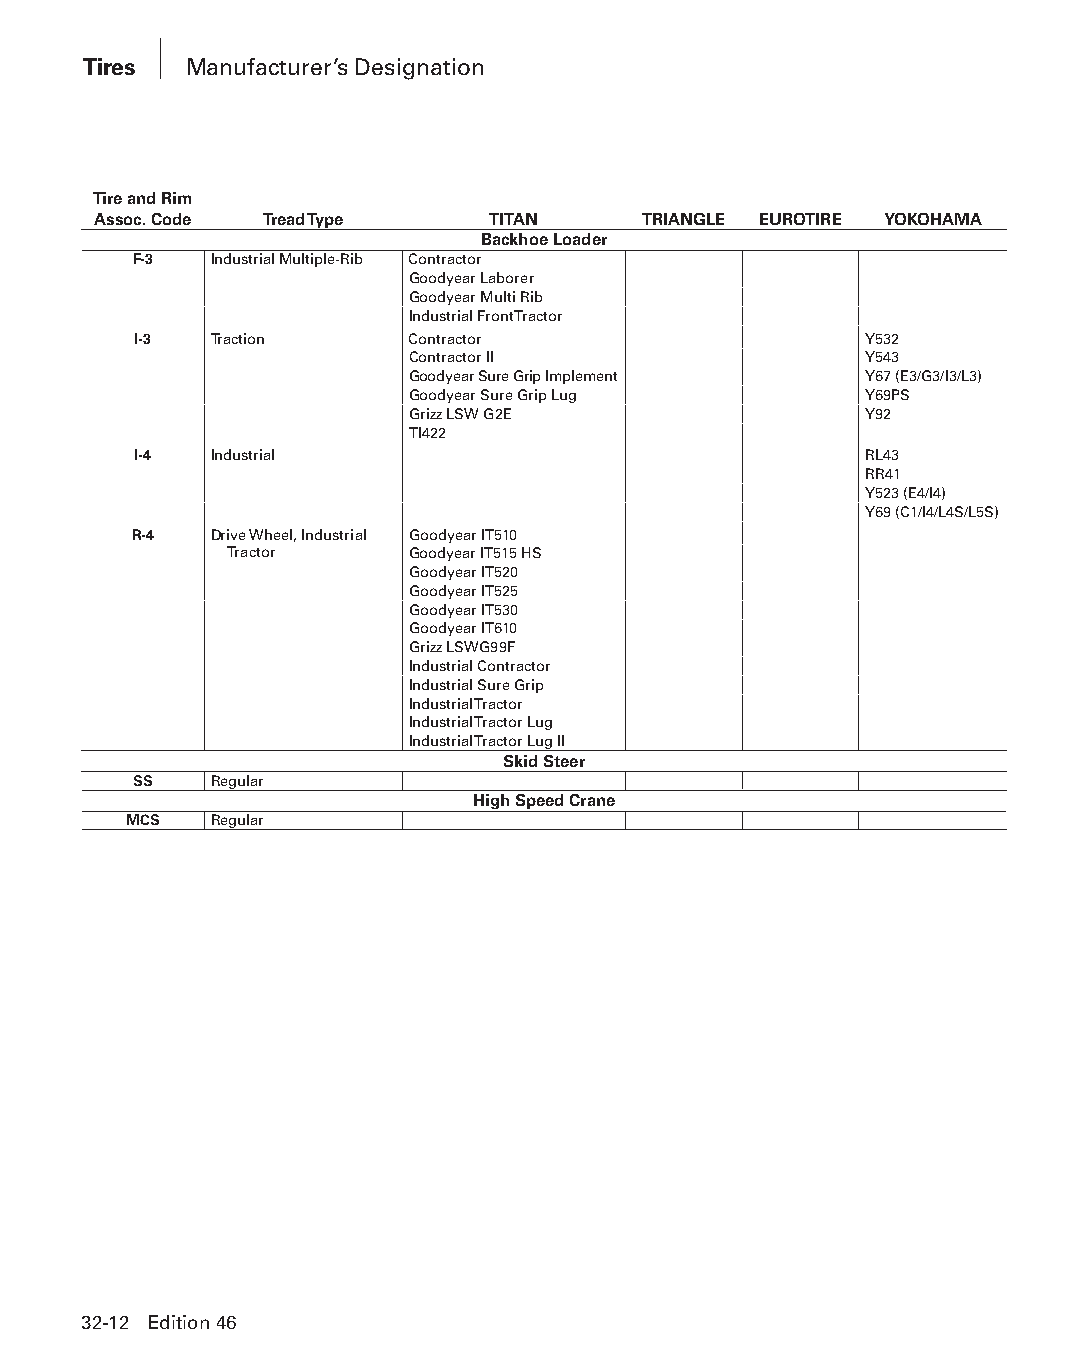
Tires  Manufacturer’s Designation
 Tire and Rim
 Assoc. Code Tread Type    TITAN     TRIANGLE EUROTIRE YOKOHAMA
 Backhoe Loader
 F-3  Industrial Multiple-Rib Contractor
 Goodyear Laborer
 Goodyear Multi Rib
 Industrial Front Tractor
 I-3  Traction     Contractor                     Y532
 Contractor II                  Y543
 Goodyear Sure Grip Implement   Y67 (E3/G3/I3/L3)
 Goodyear Sure Grip Lug         Y69PS
 Grizz LSW G2E                  Y92
 TI422
 I-4  Industrial                                  RL43
 RR41
 Y523 (E4/I4)
 Y69 (C1/I4/L4S/L5S)
 R-4  Drive Wheel, Industrial Goodyear IT510
 Tractor     Goodyear IT515 HS
 Goodyear IT520
 Goodyear IT525
 Goodyear IT530
 Goodyear IT610
 Grizz LSWG99F
 Industrial Contractor
 Industrial Sure Grip
 Industrial Tractor
 Industrial Tractor Lug
 Industrial Tractor Lug II
 Skid Steer
 SS   Regular
 High Speed Crane
 MCS  Regular
 32-12 Edition 46
 PPHHBB--SSeecc3322--1166..iinndddd 1122                        1122//44//1155 1111::2244 AAMM